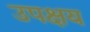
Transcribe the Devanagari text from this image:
उपक्षय